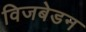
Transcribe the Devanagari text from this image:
विजबेडन